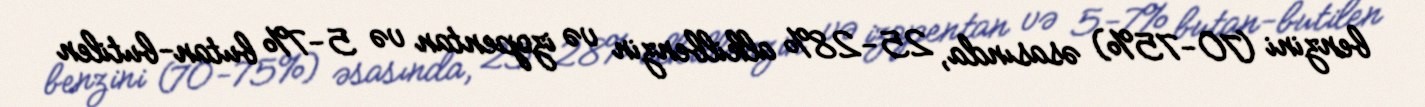
benzini (70-75%) əsasında, 25-28% alkilbenzin və izopentan və 5-7% butan-butilen